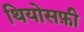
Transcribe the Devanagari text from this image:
थियोसफ़ी